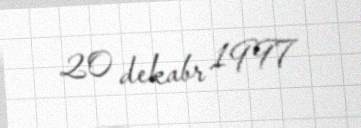
20 dekabr 1997